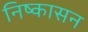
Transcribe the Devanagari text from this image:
निष्‍कासन